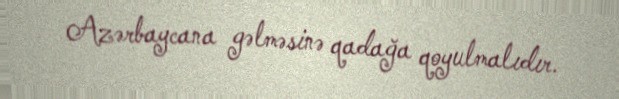
Azərbaycana gəlməsinə qadağa qoyulmalıdır.